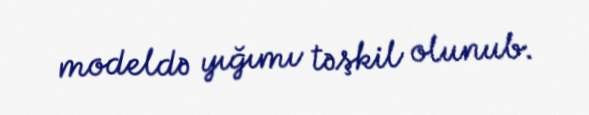
modeldə yığımı təşkil olunub.